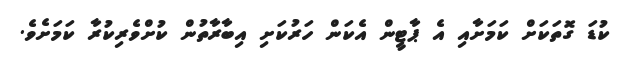
ކުޑަ ގޮތަކަށް ކަމަށާއި އެ ޕާޓީން އެކަން ހަރުކަށި އިބާރާތުން ކުށްވެރިކުރާ ކަމަށެވެ.